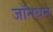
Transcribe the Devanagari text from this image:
जॉनथन